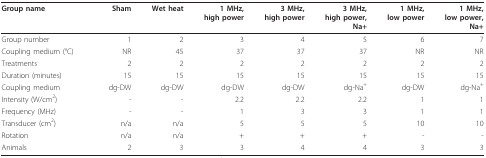
| Group name | Sham | Wet heat | 1 MHz,high power | 3 MHz,high power | 3 MHz,high power, Na+ | 1 MHz,low power | 1 MHz,low power, Na+ |
 | --- | --- | --- | --- | --- | --- | --- | --- |
 | Group number | 1 | 2 | 3 | 4 | 5 | 6 | 7 |
 | Coupling medium (°C) | NR | 45 | 37 | 37 | 37 | NR | NR |
 | Treatments | 2 | 2 | 2 | 2 | 2 | 2 | 2 |
 | Duration (minutes) | 15 | 15 | 15 | 15 | 15 | 15 | 15 |
 | Coupling medium | dg-DW | dg-DW | dg-DW | dg-DW | dg-Na+ | dg-DW | dg-Na+ |
 | Intensity (W/cm2) | - | - | 2.2 | 2.2 | 2.2 | 1 | 1 |
 | Frequency (MHz) | - | - | 1 | 3 | 3 | 1 | 1 |
 | Transducer (cm2) | n/a | n/a | 5 | 5 | 5 | 10 | 10 |
 | Rotation | n/a | n/a | + | + | + | - | - |
 | Animals | 2 | 3 | 3 | 4 | 4 | 3 | 3 |